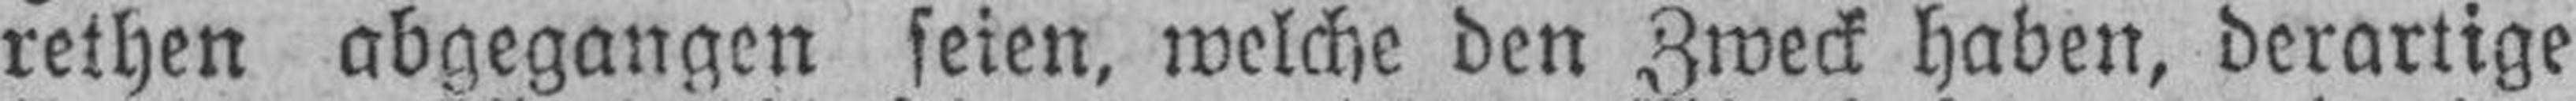
rethen abgegangen seien, welche den Zweck haben, derartige